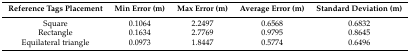
| Reference Tags Placement | Min Error (m) | Max Error (m) | Average Error (m) | Standard Deviation (m) |
 | --- | --- | --- | --- | --- |
 | Square | 0.1064 | 2.2497 | 0.6568 | 0.6832 |
 | Rectangle | 0.1634 | 2.7769 | 0.9795 | 0.8645 |
 | Equilateral triangle | 0.0973 | 1.8447 | 0.5774 | 0.6496 |